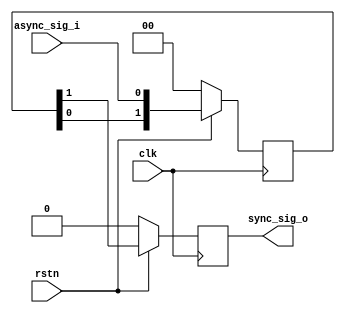
module synchronizer #(parameter STAGES = 2) (
  input clk,       // Clock
  input rstn,      // Synchronous reset
  input async_sig_i,  // Asynchronous signal in
  output reg sync_sig_o  // Synchronized signal out
);

reg [STAGES-1:0] flipflops;
(* ASYNC_REG = "true" *) 

always @(posedge clk) begin
  if (rstn == 0) begin
    flipflops <= 0;
  end else begin
    flipflops <= {flipflops[STAGES-2:0], async_sig_i};
  end
if(rstn==0)
begin
	sync_sig_o<=0;
end
else
begin
	sync_sig_o <= flipflops[STAGES-1];
end
end
endmodule